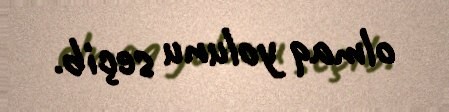
olmaq yolunu seçib.